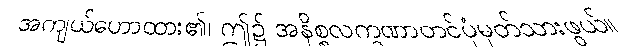
အကျယ်ဟောထား၏၊ ဤ၌ အနိစ္စလက္ခဏာတင်ပုံမှတ်သားဖွယ်။